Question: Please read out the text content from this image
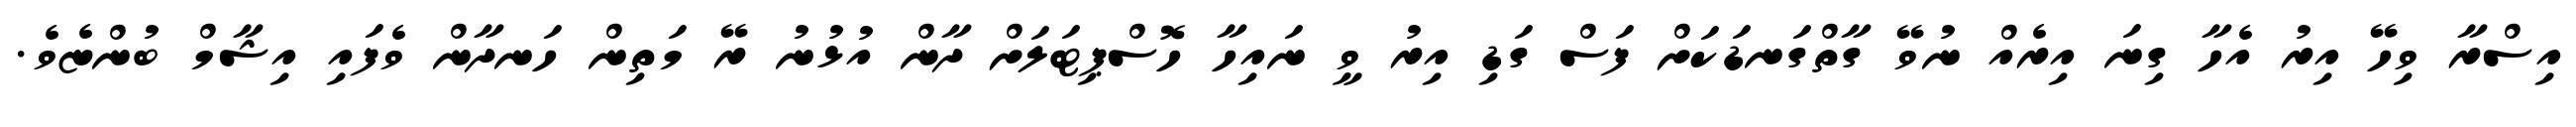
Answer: އިސްރާ ވިހޭ އިރު އެހާ ގިނަ އިރެއް ނުވޭ ގާތްގަނޑަކަށް ފަސް ގަޑި އިރު ވީ ނައިހާ ހޮސްޕިޓަލަށް ދާން އުޅުނު ރޭ މަތިން ހަނދާން ވެފައި އިޝާމް ބުންޏެވެ.